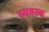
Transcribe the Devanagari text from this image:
व्यवस्क